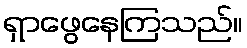
ရှာဖွေနေကြသည်။